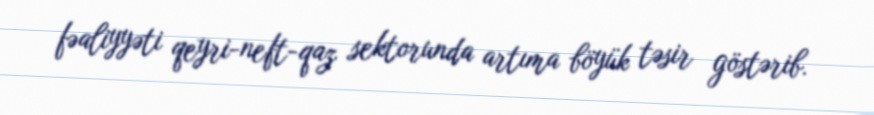
fəaliyyəti qeyri-neft-qaz sektorunda artıma böyük təsir göstərib.